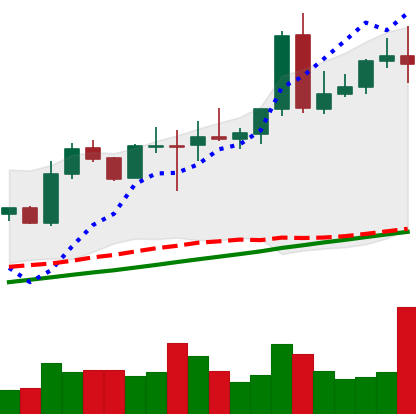
Ticker: NEO-USD
Chart end date: 2020-08-07
Forward return: 12.526%
Label: up_7plus